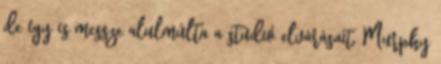
de így is messze alulmúlta a stúdió elvárásait. Murphy